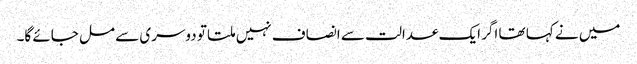
میں نے کہا تھا اگر ایک عدالت سے انصاف نہیں ملتا تو دوسری سے مل جائے گا۔